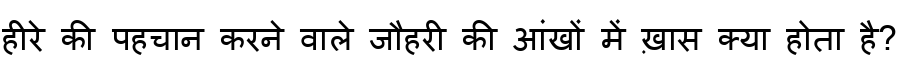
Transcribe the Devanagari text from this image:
हीरे की पहचान करने वाले जौहरी की आंखों में ख़ास क्या होता है?